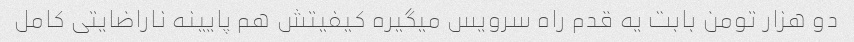
دو هزار تومن بابت یه قدم راه سرویس میگیره کیفیتش هم پایینه ناراضایتی کامل